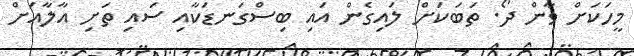
މީހަކަށް ވާން ދޯ. ތަބަކަށް ލައިގެން އައި ބިސްގަނޑަކާއި ސައި ތަށި އާލާއަށް